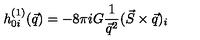
h _ { 0 i } ^ { ( 1 ) } ( \vec { q } ) = - 8 \pi i G { \frac { 1 } { \vec { q } ^ { 2 } } } ( \vec { S } \times \vec { q } ) _ { i }